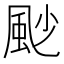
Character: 𩖥